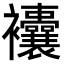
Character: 𧟘